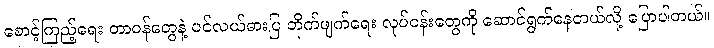
စောင့်ကြည့်ရေး တာဝန်တွေနဲ့ ပင်လယ်ဓားပြ တိုက်ဖျက်ရေး လုပ်ငန်းတွေကို ဆောင်ရွက်နေတယ်လို့ ပြောပါတယ်။